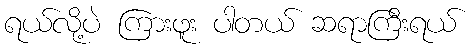
ရယ်လို့ပဲ ကြားဖူး ပါတယ် ဆရာကြီးရယ်